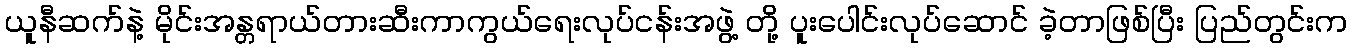
ယူနီဆက်နဲ့ မိုင်းအန္တရာယ်တားဆီးကာကွယ်ရေးလုပ်ငန်းအဖွဲ့ တို့ ပူးပေါင်းလုပ်ဆောင် ခဲ့တာဖြစ်ပြီး ပြည်တွင်းက